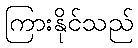
ကြားနိုင်သည်